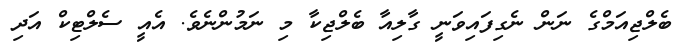
ބެލްޖިއަމްގެ ނަން ނެގިފައިވަނީ ގާލިއާ ބެލްޖިކާ މި ނަމުންނެވެ. އެއީ ސެލްޓިކް އަދި